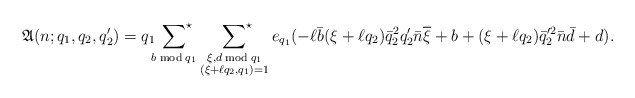
\begin{align*}\mathfrak{A}(n;q_1,q_2,q_2')=q_1\sideset{}{^\star}\sum_{b\bmod{q_1}}\;\sideset{}{^\star}\sum_{\substack{\xi,d\bmod{q_1}\\(\xi+\ell q_2,q_1)=1}}e_{q_1}(-\ell \bar{b}(\xi+\ell q_2)\bar{q}_2^2q_2'\bar{n}\overline{\xi}+b+(\xi+\ell q_2)\bar{q}_2'^2\bar{n}\bar{d}+d).\end{align*}